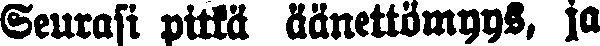
Seurasi pitkä äänettömyys, ja